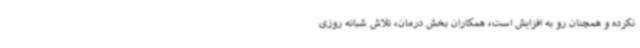
نکرده و همچنان رو به افزایش است، همکاران بخش درمان، تلاش شبانه روزی